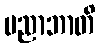
ပညာဘာတိ